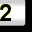
Digit: 2